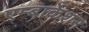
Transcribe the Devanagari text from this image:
एम्बार्केशन